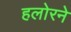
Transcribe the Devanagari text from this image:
हलोरने